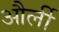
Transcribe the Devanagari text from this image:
और्ली